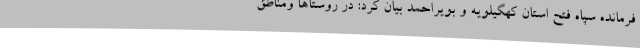
فرمانده سپاه فتح استان کهگیلویه و بویراحمد بیان کرد: در روستاها ومناطق